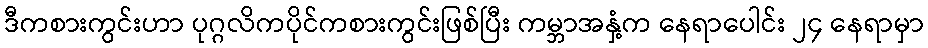
ဒီကစားကွင်းဟာ ပုဂ္ဂလိကပိုင်ကစားကွင်းဖြစ်ပြီး ကမ္ဘာအနှံ့က နေရာပေါင်း ၂၄ နေရာမှာ